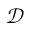
\mathcal { D }